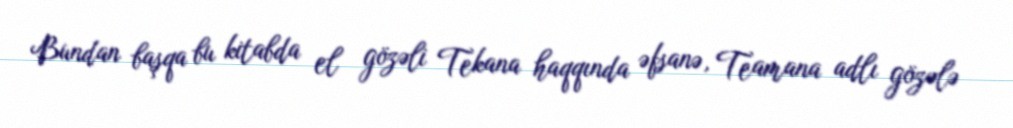
Bundan başqa bu kitabda el gözəli Tekana haqqında əfsanə, Teamana adlı gözələ